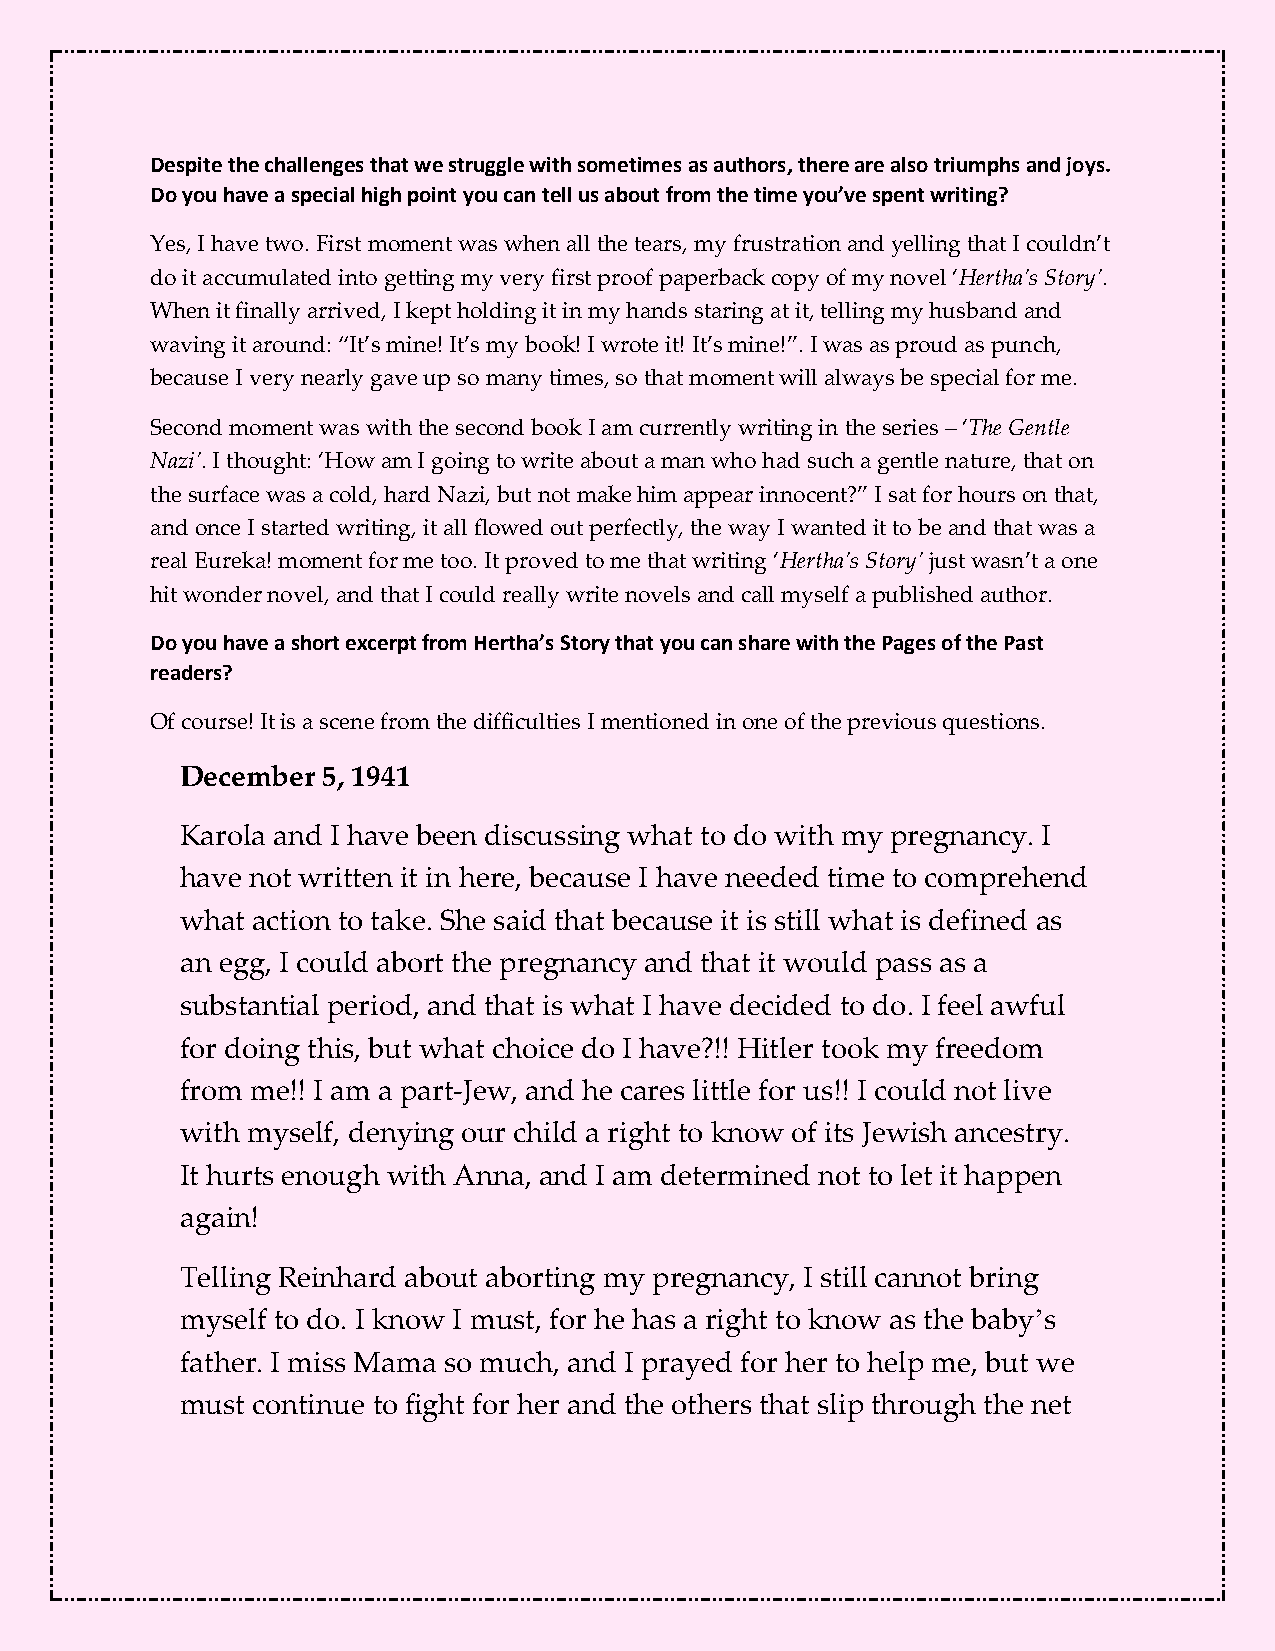
Despite the challenges that we struggle with sometimes as authors, there are also triumphs and joys.
 Do you have a special high point you can tell us about from the time you’ve spent writing?
 Yes, I have two. First moment was when all the tears, my frustration and yelling that I couldn’t
 do it accumulated into getting my very first proof paperback copy of my novel ‘Hertha’s Story’.
 When it finally arrived, I kept holding it in my hands staring at it, telling my husband and
 waving it around: “It’s mine! It’s my book! I wrote it! It’s mine!”. I was as proud as punch,
 because I very nearly gave up so many times, so that moment will always be special for me.
 Second moment was with the second book I am currently writing in the series – ‘The Gentle
 Nazi’. I thought: ‘How am I going to write about a man who had such a gentle nature, that on
 the surface was a cold, hard Nazi, but not make him appear innocent?” I sat for hours on that,
 and once I started writing, it all flowed out perfectly, the way I wanted it to be and that was a
 real Eureka! moment for me too. It proved to me that writing ‘Hertha’s Story’ just wasn’t a one
 hit wonder novel, and that I could really write novels and call myself a published author.
 Do you have a short excerpt from Hertha’s Story that you can share with the Pages of the Past
 readers?
 Of course! It is a scene from the difficulties I mentioned in one of the previous questions.
 December 5, 1941
 Karola and I have been discussing what to do with my pregnancy. I
 have not written it in here, because I have needed time to comprehend
 what action to take. She said that because it is still what is defined as
 an egg, I could abort the pregnancy and that it would pass as a
 substantial period, and that is what I have decided to do. I feel awful
 for doing this, but what choice do I have?!! Hitler took my freedom
 from me!! I am a part-Jew, and he cares little for us!! I could not live
 with myself, denying our child a right to know of its Jewish ancestry.
 It hurts enough with Anna, and I am determined not to let it happen
 again!
 Telling Reinhard about aborting my pregnancy, I still cannot bring
 myself to do. I know I must, for he has a right to know as the baby’s
 father. I miss Mama so much, and I prayed for her to help me, but we
 must continue to fight for her and the others that slip through the net